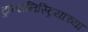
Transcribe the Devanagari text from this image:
ट्रान्सनिस्ट्रियाच्या